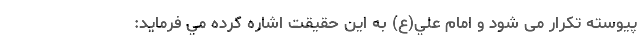
پيوسته تكرار مى شود و امام علي(ع) به اين حقيقت اشاره کرده مي فرمايد: